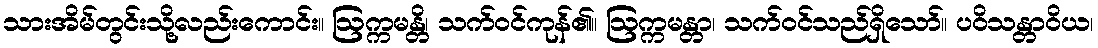
သားအိမ်တွင်းသို့လည်းကောင်း။ ဩက္ကမန္တိ၊ သက်ဝင်ကုန်၏။ ဩက္ကမန္တာ၊ သက်ဝင်သည်ရှိသော်။ ပဝိသန္တာဝိယ၊